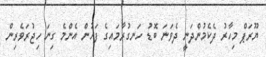
ޔޫރަޕް މިހާރު ދެކެމުންދަނީ ދެވަނަ ބޮޑު ހަނގުރާމައިގެ ފަހުން އެންމެ ގިނަ ހިޖުރަވެރިން